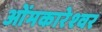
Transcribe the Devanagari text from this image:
ओंमकारेश्‍वर